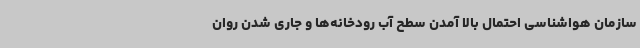
سازمان هواشناسی احتمال بالا آمدن سطح آب رودخانه‌ها و جاری شدن روان